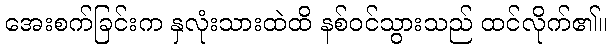
အေးစက်ခြင်းက နှလုံးသားထဲထိ နစ်ဝင်သွားသည် ထင်လိုက်၏။